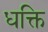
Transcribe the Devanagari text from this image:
धक्ति